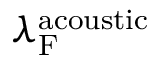
\lambda _ { \mathrm { F } } ^ { \mathrm { a c o u s t i c } }